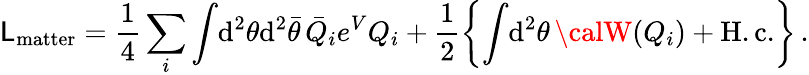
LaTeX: {\cal\mathsf{L}}_{\mathrm{{matter}}}=\frac{{1}}{{4}}\sum_{i}\int\! \mathrm{{d}}^{2}\theta\mathrm{{d}}^{2}\bar{{\theta}}\, \bar{{Q}}_{i}e^{V}Q_{i}+\frac{{1}}{{2}}\left\{ \int\! \mathrm{{d}}^{2}\theta\, {\calW}(Q_{i})+\mathrm{{H.c.}}\right\} \, .